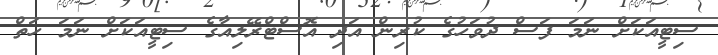
ސިޓީއަކަށް ނަމަ ފަސް ދުވަހުގެ ކުރިން އަދި އޮސްޓްރޭލިއާގެ ސިޓީއަކަށް ނަމަ ހަތް